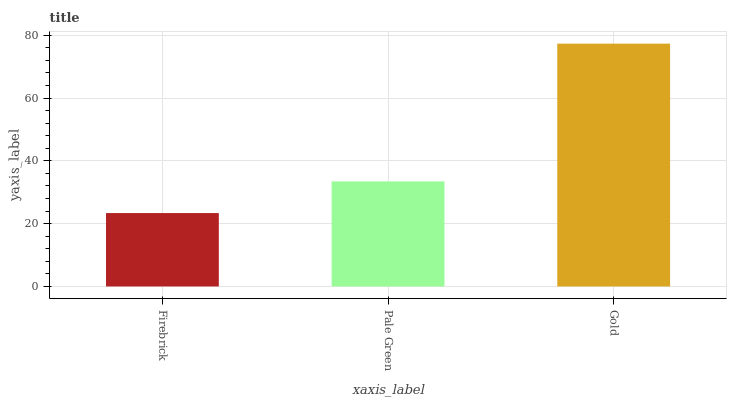
| xaxis_label | bars |
 | --- | --- |
 | Firebrick | 23.4 |
 | Pale Green | 33.5 |
 | Gold | 77.3 |